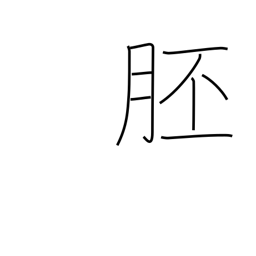
Meaning: embryo